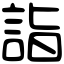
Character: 詣